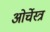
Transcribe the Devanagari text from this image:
ओर्चेस्त्र